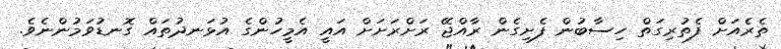
ތެރެއަށް ފެތުރިގަތް ހިސާބުން ފެށިގެން ރާއްޖޭ ރަށްރަށަށް އައީ އެމީހުންގެ އުޅަނދުތައް ގޮނޑުވަމުންނެވެ.